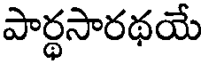
పార్ధసారథయే